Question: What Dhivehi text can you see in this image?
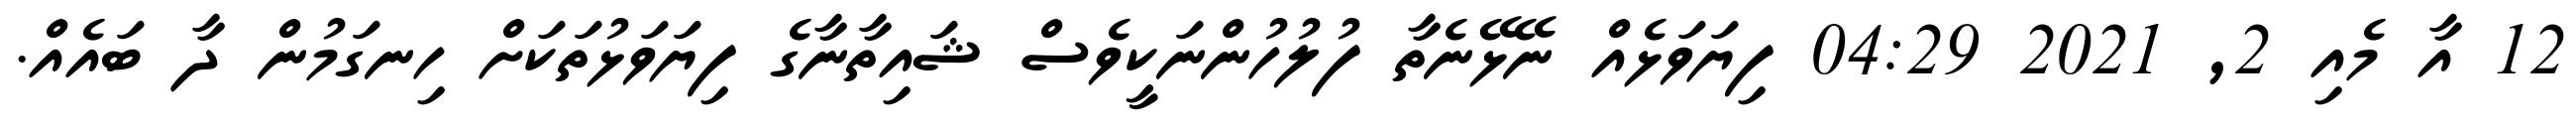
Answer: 12 އާ މެއި 2, 2021 04:29 ފިޔަވަޅެއް ނޭޅޭނެތާ ފުލުހުންނަކީވެސް ޝައިތާނާގެ ފިޔަވަޅުތަކަށް ހިނގަމުން ދާ ބައެއް.